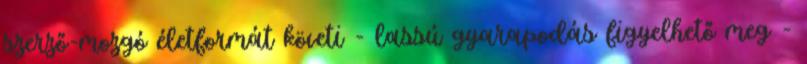
szerző-mozgó életformát követi - lassú gyarapodás figyelhető meg -